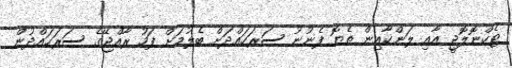
ޓެކްނޮލޮޖީ އާއި ލަންކާއިން ތެޔޮ ފެނުނު ސަރަހައްދަށް ބެލުމަށް ފަހު ރާއްޖޭގެ ސަރަހައްދުން